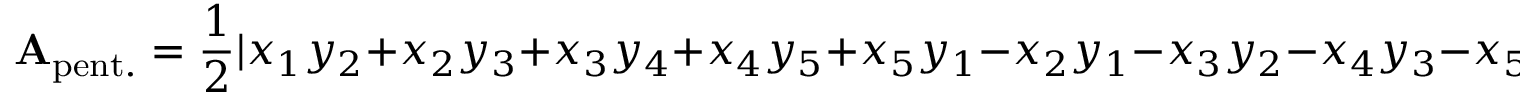
\mathbf { A } _ { \mathrm { p e n t . } } = { \frac { 1 } { 2 } } | x _ { 1 } y _ { 2 } + x _ { 2 } y _ { 3 } + x _ { 3 } y _ { 4 } + x _ { 4 } y _ { 5 } + x _ { 5 } y _ { 1 } - x _ { 2 } y _ { 1 } - x _ { 3 } y _ { 2 } - x _ { 4 } y _ { 3 } - x _ { 5 } y _ { 4 } - x _ { 1 } y _ { 5 } |